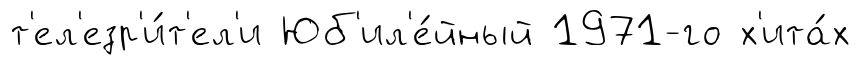
т'ел'езр'и́т'ел'и Юб'ил'е́йный 1971-го х'ита́х